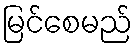
မြင်စေမည်